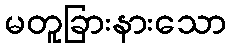
မတူခြားနားသော